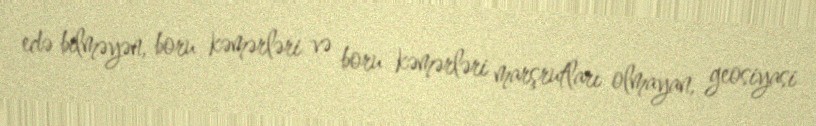
edə bilməyən, boru kəmərləri və boru kəmərləri marşrutları olmayan, geosiyasi